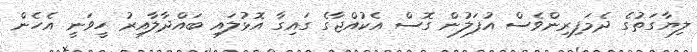
ލިޔާގަތުގެ ދެމަފިރިންވެސް އުފަލުން ގޮސް އެކުއްޖާގެ ގައިގާ އޮޅުލައި ބައްދާލާއިރު ހީވަނީ އެހެން